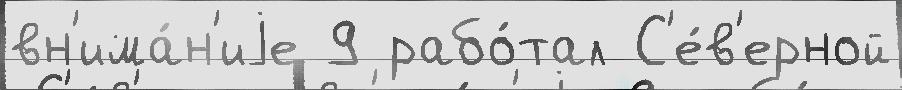
вн'има́н'иjе 9 рабо́тал С'е́в'ерной